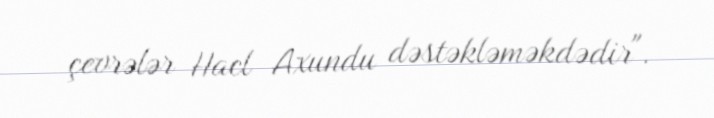
çevrələr Hacl Axundu dəstəkləməkdədir".